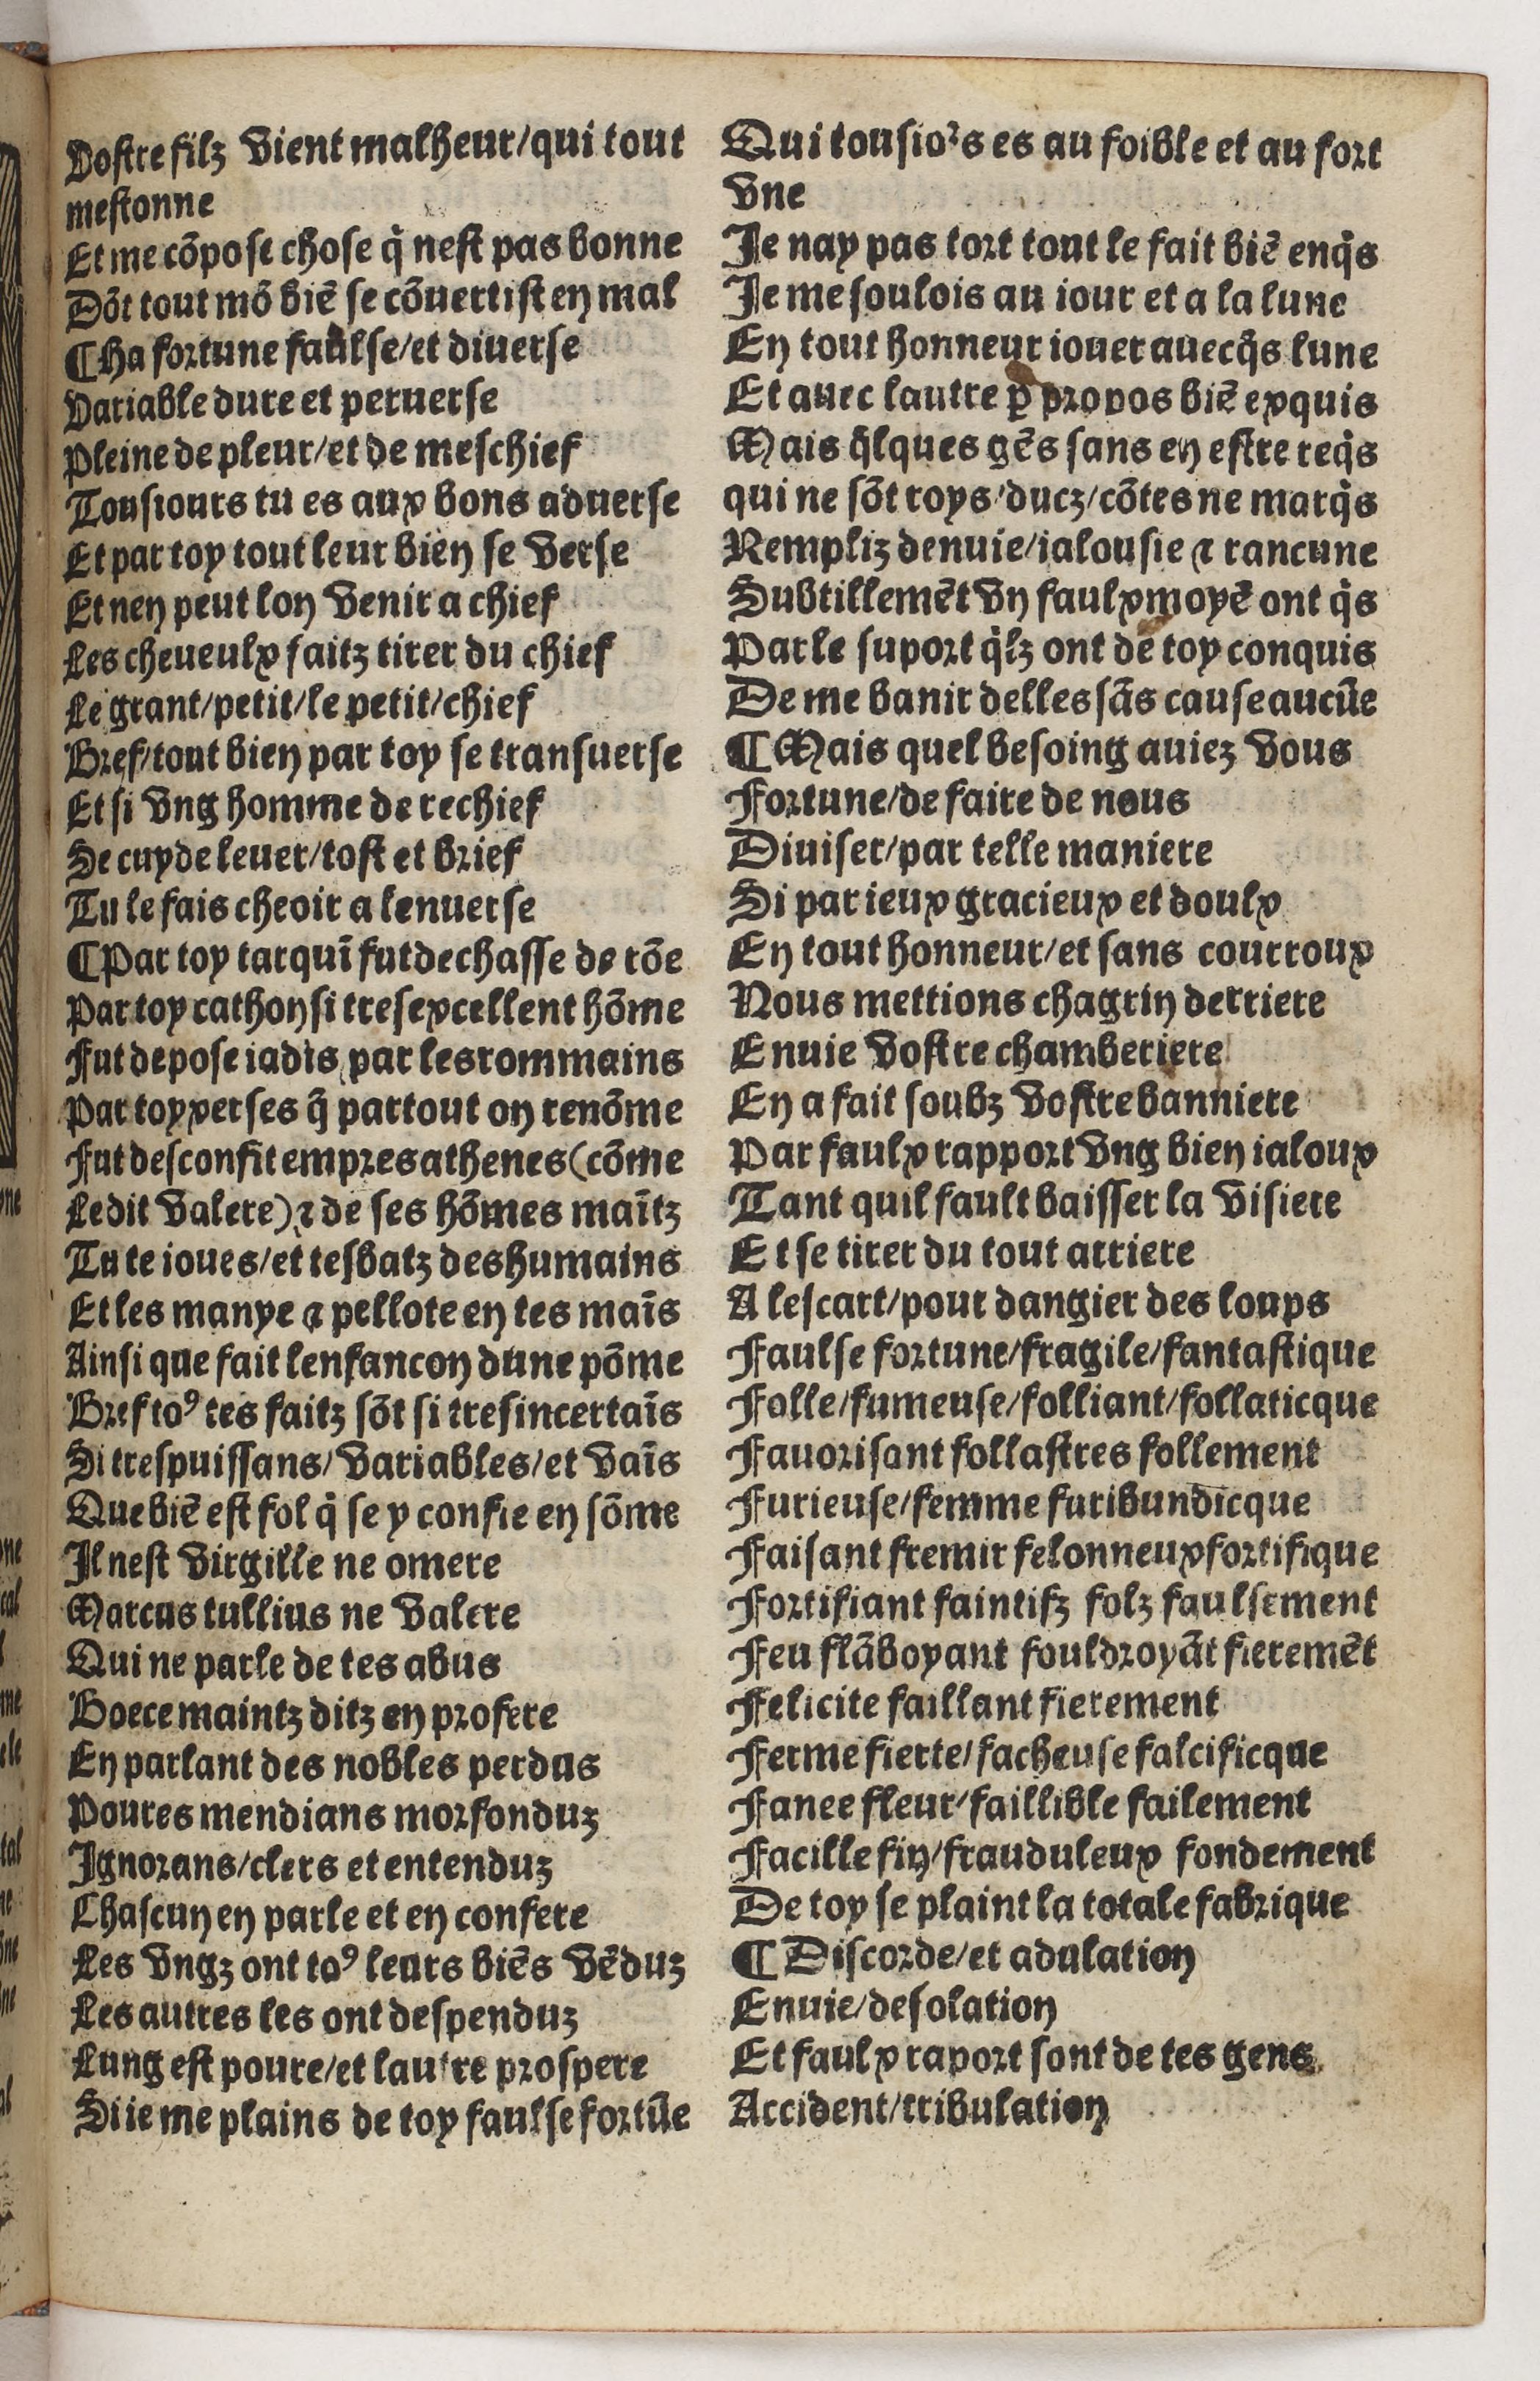
Shelfmark: Paris, BnF, Rés. Y2-930
Century: 15